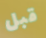
قبل